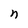
Character: n